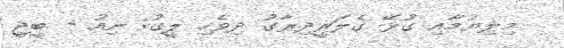
މިލިޔުމާއި ގުޅޭ ގެލަރީދިރާގު ދިވެހި ލީގު: ނިއު - ބީޖީ